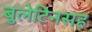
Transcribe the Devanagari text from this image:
बुलेटिनसह